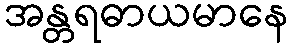
အန္တရဓာယမာနေ